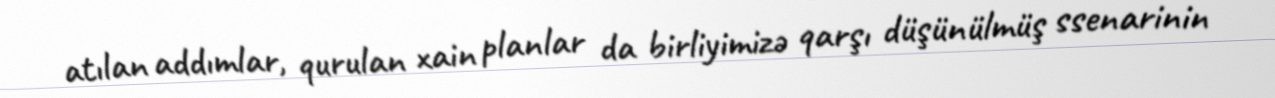
atılan addımlar, qurulan xain planlar da birliyimizə qarşı düşünülmüş ssenarinin